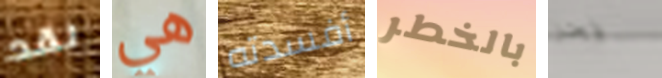
لقد هي أفسدته بالخطر نحن